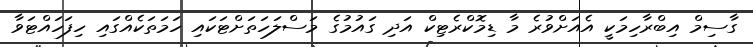
ގާސިމް އިބްރާހިމަކީ އެއަށްވުރެ މާ ޑިމޮކްރެޓިކް އަދި ގައުމުގެ މަސްލަހަތަށްޓަކައި ހަމަތަކެއްގައި ހިފަހައްޓަވާ